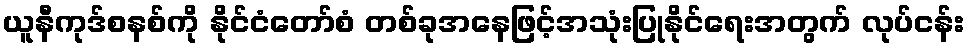
ယူနီကုဒ်စနစ်ကို နိုင်ငံတော်စံ တစ်ခုအနေဖြင့်အသုံးပြုနိုင်ရေးအတွက် လုပ်ငန်း